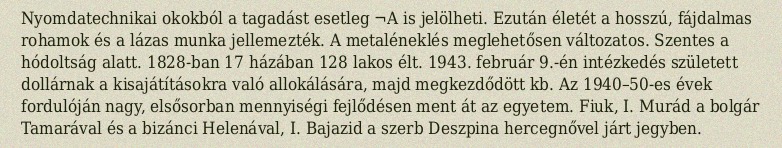
Nyomdatechnikai okokból a tagadást esetleg ¬A is jelölheti. Ezután életét a hosszú, fájdalmas rohamok és a lázas munka jellemezték. A metaléneklés meglehetősen változatos. Szentes a hódoltság alatt. 1828-ban 17 házában 128 lakos élt. 1943. február 9.-én intézkedés született dollárnak a kisajátításokra való allokálására, majd megkezdődött kb. Az 1940–50-es évek fordulóján nagy, elsősorban mennyiségi fejlődésen ment át az egyetem. Fiuk, I. Murád a bolgár Tamarával és a bizánci Helenával, I. Bajazid a szerb Deszpina hercegnővel járt jegyben.